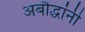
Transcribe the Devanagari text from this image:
अबौद्धांनी